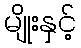
မျိုးနှင့်